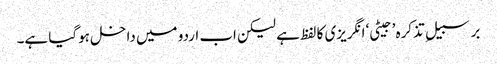
برسبیلِ تذکرہ ’جیٹی‘ انگریزی کا لفظ ہے لیکن اب اردو میں داخل ہوگیا ہے۔